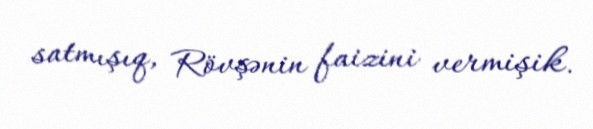
satmışıq, Rövşənin faizini vermişik.